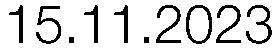
15.11.2023